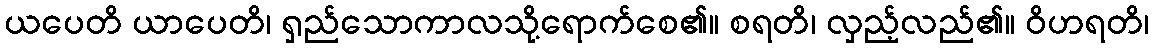
ယပေတိ ယာပေတိ၊ ရှည်သောကာလသို့ရောက်စေ၏။ စရတိ၊ လှည့်လည်၏။ ဝိဟရတိ၊